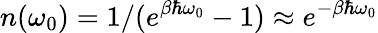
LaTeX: n(\omega_{0})=1/(e^{\beta\hbar\omega_{0}}-1)\approx e^{-\beta\hbar\omega_{0}}